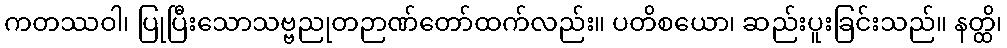
ကတဿဝါ၊ ပြုပြီးသောသဗ္ဗညုတဉာဏ်တော်ထက်လည်း။ ပတိစယော၊ ဆည်းပူးခြင်းသည်။ နတ္ထိ၊